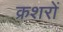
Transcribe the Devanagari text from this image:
क्रशरों